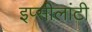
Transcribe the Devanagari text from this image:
इप्सीलांटी